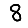
Digit: 8